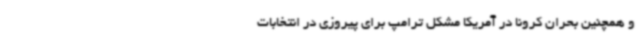
و همچنین بحران کرونا در آمریکا مشکل ترامپ برای پیروزی در انتخابات